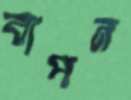
বাপন